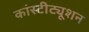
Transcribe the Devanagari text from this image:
कांस्टीट्यूशन